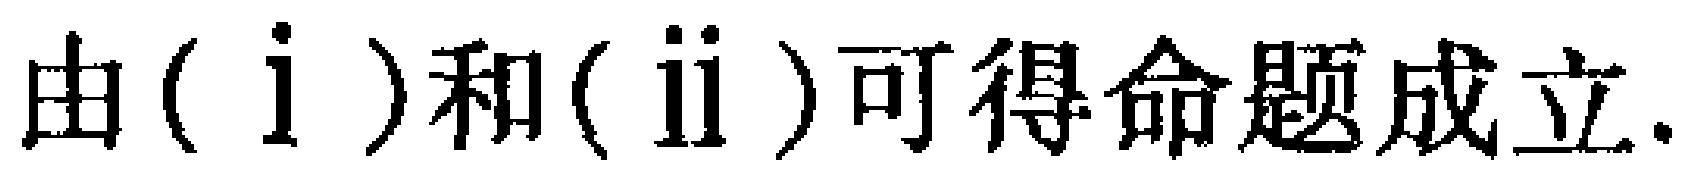
由\((\mathrm{i})\)和\((\mathrm{ii})\)可得命题成立.